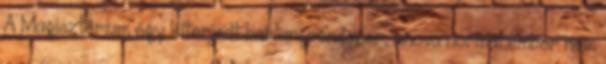
A Magisztérium egy kiterjedt barlangrendszer, ahova normál ember nem